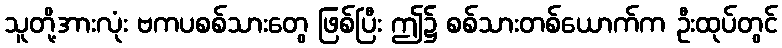
သူတို့အားလုံး ဗကပစစ်သားတွေ ဖြစ်ပြီး ဤ၌ စစ်သားတစ်ယောက်က ဦးထုပ်တွင်